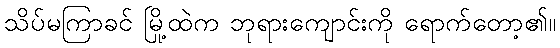
သိပ်မကြာခင် မြို့ထဲက ဘုရားကျောင်းကို ရောက်တော့၏။